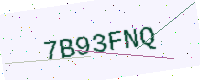
Text: 7B93FNQ